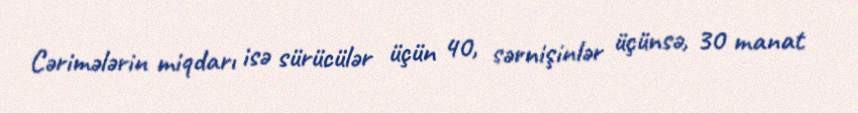
Cərimələrin miqdarı isə sürücülər üçün 40, sərnişinlər üçünsə, 30 manat